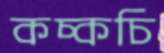
কচ্‌কচি